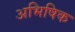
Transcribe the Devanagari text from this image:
अभिषिक